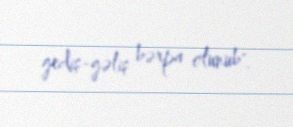
gediş-gəliş bərpa olunub".